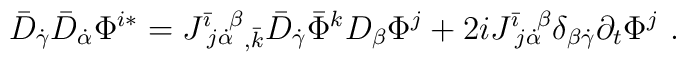
\bar D_{\dot\gamma} \bar D_{\dot\alpha} \Phi^{i*} =J^{\bar\imath}\!_{j\dot\alpha}\!^\beta{}_{,\bar k}\bar D_{\dot\gamma} \bar\Phi^k D_{\beta} \Phi^j +2i J^{\bar\imath}\!_{j\dot\alpha}\!^\beta\delta_{\beta\dot\gamma} \partial_t\Phi^j\ .